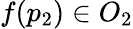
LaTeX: f(p_{2})\in O_{2}